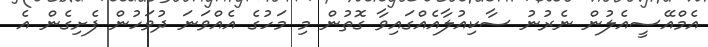
އެމްއޭސީއެލުން ނެރުނު ސާކިއުލާއެއްގައިވާ ގޮތުން މި މަހުގެ އެއްވަނަ ދުވަހުން ފެށިގެން އެ